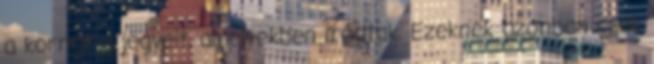
a kornak a jegyeit, amelyekben íródtak. Ezeknek azonban csak